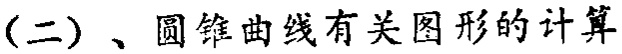
(二)、圆锥曲线有关图形的计算